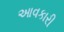
આવકારી